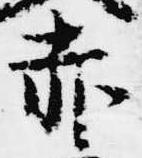
赤